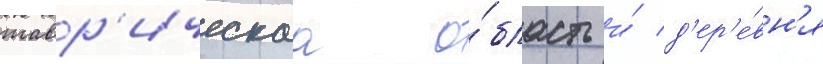
тавр'ическаа о́бласть и́ д'ер'е́вн'я